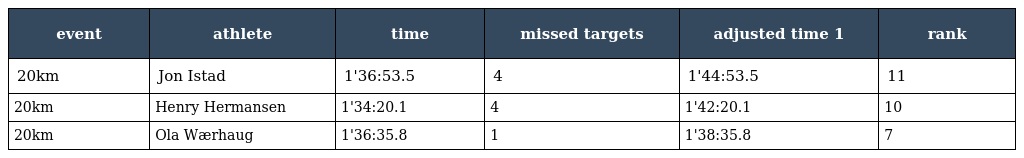
| event | athlete | time | missed targets | adjusted time 1 | rank |
 | --- | --- | --- | --- | --- | --- |
 | 20km | Jon Istad | 1'36:53.5 | 4 | 1'44:53.5 | 11 |
 | 20km | Henry Hermansen | 1'34:20.1 | 4 | 1'42:20.1 | 10 |
 | 20km | Ola Wærhaug | 1'36:35.8 | 1 | 1'38:35.8 | 7 |